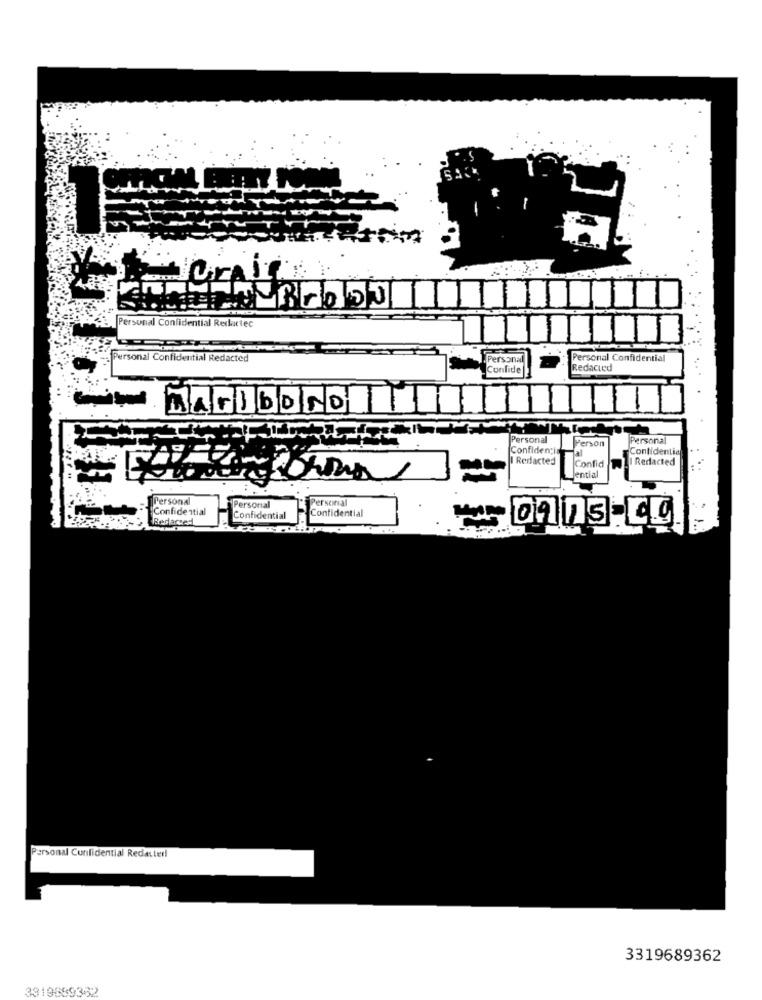
Personal Confidential Redartec
Personal Confidential Redacted
Personal
Personal Confidential
Confide
Redacted
MARIboNO
Personal
Person
Personal
Confidencia
al
Contidentia
I Redacted
Redacted
Jential
Confid
Personal
Personal
Personal
Confidential
Confidential
Redacted
Confidential
Personal Confidential Redacter!
3319689362
3319699352